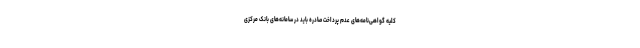
کلیه گواهی‌نامه‌های عدم پرداخت صادره باید در سامانه‌های بانک مرکزی